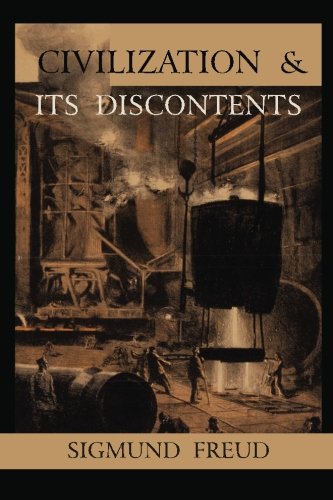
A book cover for Civilization and Its Discontents; Sigmund Freud; Medical Books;